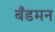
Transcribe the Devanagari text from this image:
बँडमन